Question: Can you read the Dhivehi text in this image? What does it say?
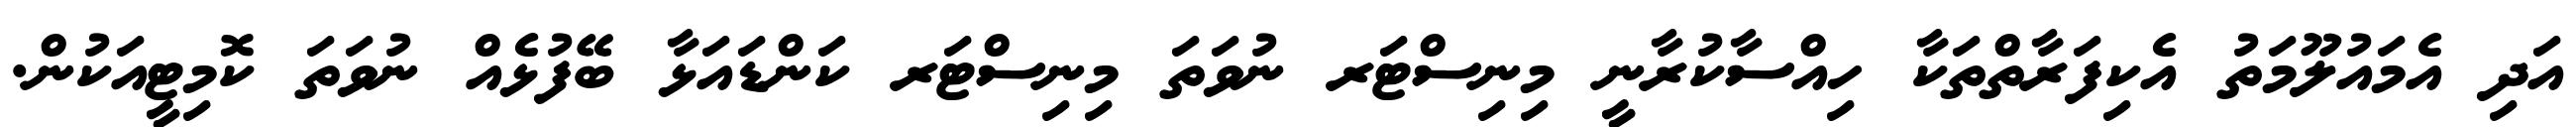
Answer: އަދި އެމައުލޫމަތު އެކިފަރާތްތަކާ ހިއްސާކުރާނީ މިނިސްޓަރ ނުވަތަ މިނިސްޓަރ ކަންޑައަޅާ ބޭފުޅެއް ނުވަތަ ކޮމިޓީއަކުން.